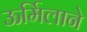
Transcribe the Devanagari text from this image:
ऊर्मिलाने